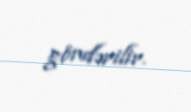
göndərilir.